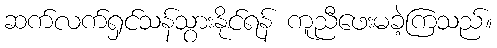
ဆက်လက်ရှင်သန်သွားနိုင်ရန် ကူညီဖေးမခဲ့ကြသည်။